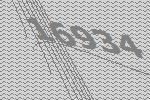
16934